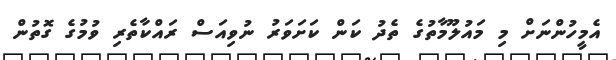
އެމީހުންނަށް މި މައުލޫމާތުގެ ތެދު ކަން ކަށަވަރު ނުވިއަސް ރައްކާތެރި ވުމުގެ ގޮތުން